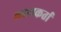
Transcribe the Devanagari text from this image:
एकत्रकर्ता